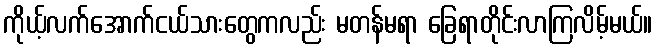
ကိုယ့်လက်အောက်ငယ်သားတွေကလည်း မတန်မရာ ခြေရာတိုင်းလာကြလိမ့်မယ်။